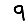
Digit: 9